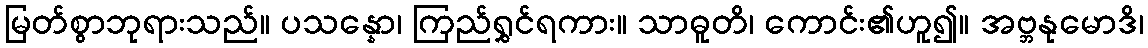
မြတ်စွာဘုရားသည်။ ပသန္နော၊ ကြည်ရွှင်ရကား။ သာဓူတိ၊ ကောင်း၏ဟူ၍။ အဗ္ဘနုမောဒိ၊